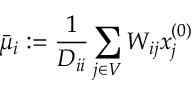
\bar { \mu } _ { i } : = \frac { 1 } { D _ { i i } } \sum _ { j \in V } W _ { i j } x _ { j } ^ { ( 0 ) }